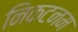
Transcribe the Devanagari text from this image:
निकटनम